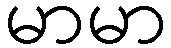
မာမာ